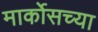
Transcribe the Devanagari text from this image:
मार्कोसच्या